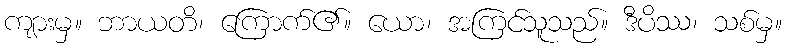
ကျားမှ။ ဘာယတိ၊ ကြောက်၏။ ယော၊ အကြင်သူသည်။ ဒီပိဿ၊ သစ်မှ။